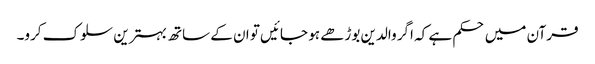
قرآن میں حکم ہے کہ اگر والدین بوڑھے ہو جائیں تو ان کے ساتھ بہترین سلوک کرو۔